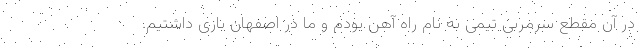
در آن مقطع سرمربی تیمی به نام راه آهن بودم و ما در اصفهان بازی داشتیم.